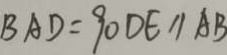
B A D = 9 0 D E / / A B